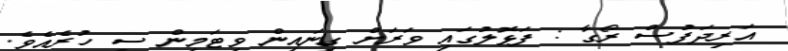
އަރިދަފުސް ރޯގާ : ފަޅޮލުގައި ވަރަށް ގިނައިން ވިޓަމިން ސީ ހުރެއެވެ.